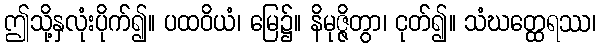
ဤသို့နှလုံးပိုက်၍။ ပထဝိယံ၊ မြေ၌။ နိမုဇ္ဇိတွာ၊ ငုတ်၍။ သံဃတ္ထေရဿ၊